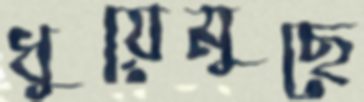
ধুয়েমুছে